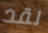
لقد